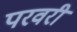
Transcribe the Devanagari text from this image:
परवरी